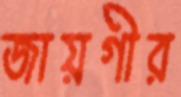
জায়গীর